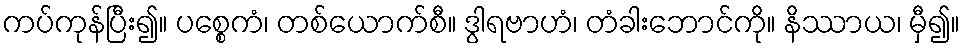
ကပ်ကုန်ပြီး၍။ ပစ္စေကံ၊ တစ်ယောက်စီ။ ဒွါရဗာဟံ၊ တံခါးဘောင်ကို။ နိဿာယ၊ မှီ၍။